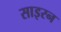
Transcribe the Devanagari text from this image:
साइरन